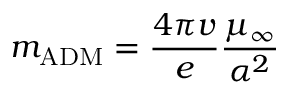
m _ { \mathrm { A D M } } = \frac { 4 \pi v } { e } \frac { \mu _ { \infty } } { \alpha ^ { 2 } }